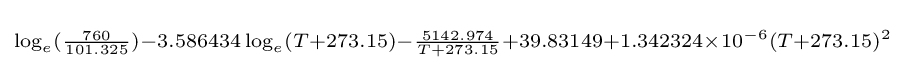
\scriptstyle \log _{e}({\frac {760}{101.325}})-3.586434\log _{e}(T+273.15)-{\frac {5142.974}{T+273.15}}+39.83149+1.342324\times 10^{-6}(T+273.15)^{2}